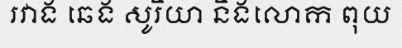
រវាង ឆេង សូរិយា និងលោក ពុយ